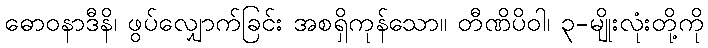
ဓောဝနာဒီနိ၊ ဖွပ်လျှောက်ခြင်း အစရှိကုန်သော။ တီဏိပိဝါ၊ ၃-မျိုးလုံးတို့ကို